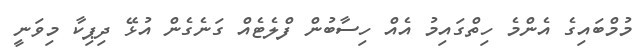
މުމްބައިގެ އެންމެ ހިތްގައިމު އެއް ހިސާބުން ފްލެޓެއް ގަނެގެން އުޅޭ ދިޕިކާ މިވަނީ